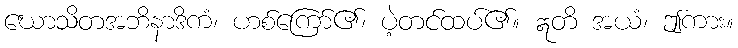
ဃောသိတအဘိနာဒိကံ၊ ဟစ်ကြော်၏၊ ပဲ့တင်ထပ်၏။ ဣတိ အယံ၊ ဤကား။